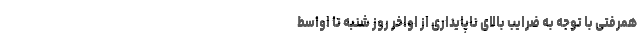
همرفتی با توجه به ضرایب بالای ناپایداری از اواخر روز شنبه تا اواسط